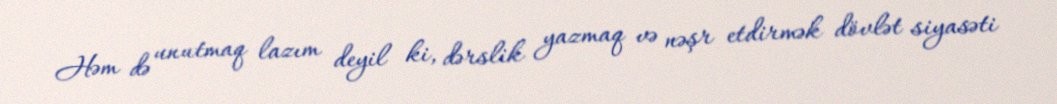
Həm də unutmaq lazım deyil ki, dərslik yazmaq və nəşr etdirmək dövlət siyasəti